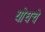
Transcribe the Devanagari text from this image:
योधचे